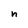
Character: n